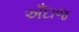
અઁદાજ